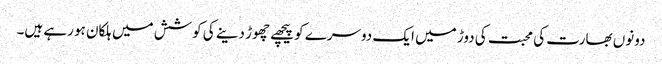
دونوں بھارت کی محبت کی دوڑ میں ایک دوسرے کو پیچھے چھوڑ دینے کی کوشش میں ہلکان ہو رہے ہیں۔